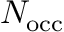
N _ { \mathrm { o c c } }